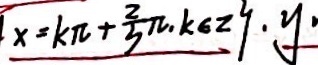
x = k \pi + \frac { 2 } { 3 } \pi \cdot k \in 2 9 \cdot y \cdot